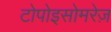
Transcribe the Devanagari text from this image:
टोपोइसोमरेज़